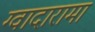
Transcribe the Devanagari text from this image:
ग्वादारामा